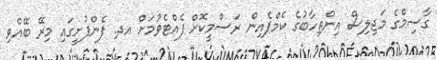
ގާސިމްގެ މަޖިލިސް އިންތިހާބުގެ ކެމްޕެއިން ރަސްމީކޮށް ފެއްޓެވުމަށް އދ. ފެންފުށީގައި މިރޭ ބޭއްވި